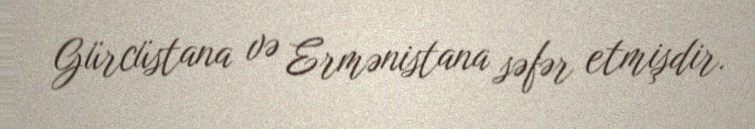
Gürcüstana və Ermənistana səfər etmişdir.